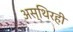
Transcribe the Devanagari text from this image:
अस्थिरही